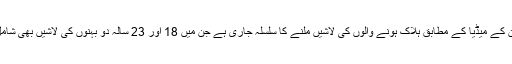
تائیوان کے میڈیا کے مطابق ہلاک ہونے والوں کی لاشیں ملنے کا سلسلہ جاری ہے جن میں 18 اور 23 سالہ دو بہنوں کی لاشیں بھی شامل ہیں۔